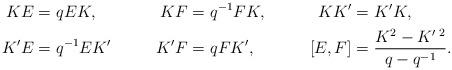
LaTeX: \begin{align*}KE &= qEK, & KF &= q^{-1}FK, & KK' &= K'K, \\K'E &= q^{-1}EK' & K'F &= qFK', & [E, F] &= \frac{K^2-K'\,^2}{q-q^{-1}}. \end{align*}